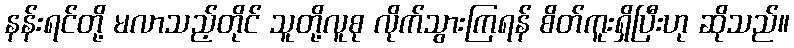
နန်းရင်တို့ မလာသည့်တိုင် သူတို့လူစု လိုက်သွားကြရန် စိတ်ကူးရှိပြီးဟု ဆိုသည်။